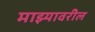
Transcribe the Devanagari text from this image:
माझ्यावरील